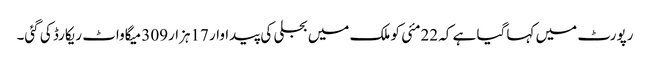
رپورٹ میں کہا گیا ہے کہ 22مئی کو ملک میں بجلی کی پیداوار 17ہزار309 میگاواٹ ریکارڈ کی گئی۔